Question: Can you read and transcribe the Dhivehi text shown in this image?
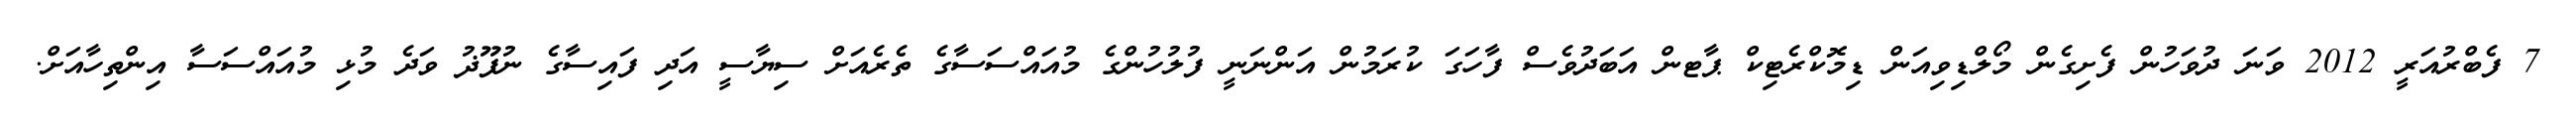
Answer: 7 ފެބްރުއަރީ 2012 ވަނަ ދުވަހުން ފެށިގެން މޯލްޑިވިއަން ޑިމޮކްރެޓިކް ޕާޓން އަބަދުވެސް ފާހަގަ ކުރަމުން އަންނަނީ ފުލުހުންގެ މުއައްސަސާގެ ތެރެއަށް ސިޔާސީ އަދި ފައިސާގެ ނުފޫޛު ވަދެ މުޅި މުއައްސަސާ އިންތިހާއަށް.